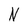
Character: N